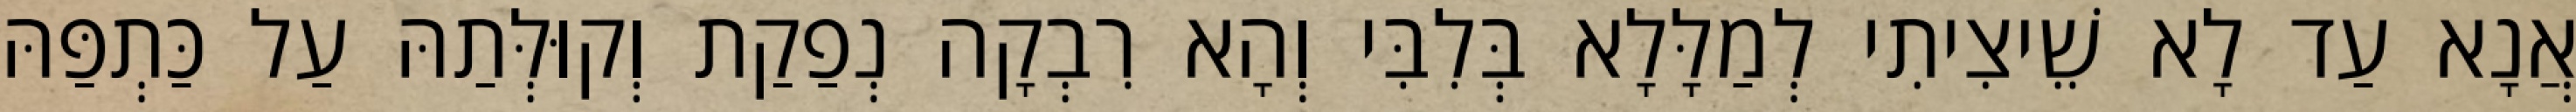
אֲנָא עַד לָא שֵׁיצִיתִי לְמַלָּלָא בְּלִבִּי וְהָא רִבְקָה נְפַקַת וְקוּלְּתַהּ עַל כַּתְפַּהּ